Vaccination in Bombay 1889-1901 - 1889-1901
Year: 1889
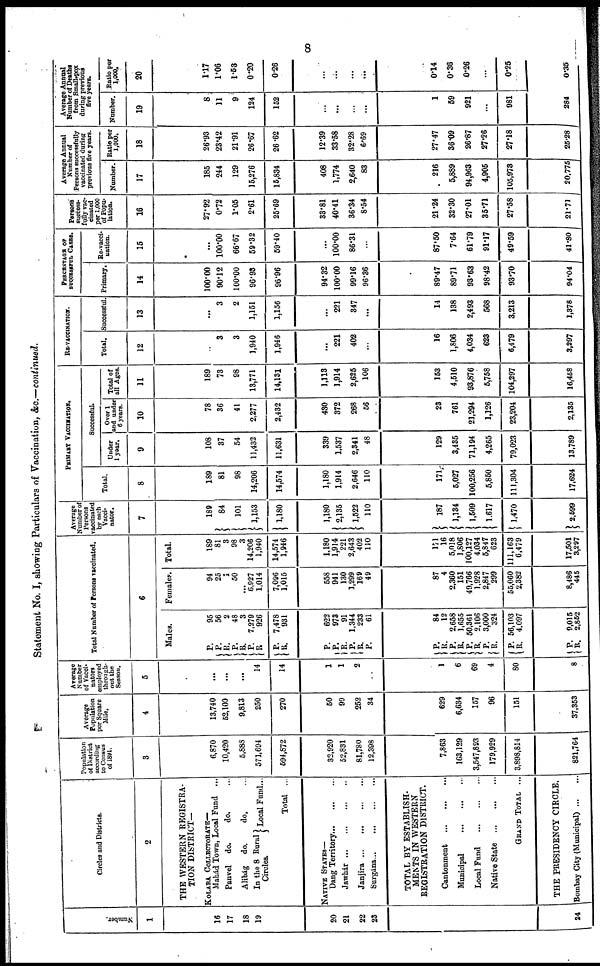
8
Statement No. I, showing Particulars of Vaccination, &c.—continued.
Number.
1
16
17
18
19
20
21
22
23
24
Circles and Districts.
2
THE WESTERN REGISTRA-
TION DISTRICT—
KOLABA COLLECTORATE—
Mahád Town, Local Fund ...
Panvel
do.
do.
Alibág
do.
do,
In the 8 Rural
Circles.
Local Fund...
Total ...
NATIVE STATES—
Dang Territory... ... ...
Jawhár
...
...
...
...
Janjira ... ... ... ...
Surgána...
...
...
...
TOTAL BY ESTABLISH-
MENTS IN WESTERN
REGISTRATION DISTRICT.
Cantonment
...
...
...
Municipal
...
...
...
Local Fund
...
...
...
Native State
...
...
...
GRAND TOTAL ...
THE PRESIDENCY CIRCLE.
Bombay City (Municipal) ... ...
Population
of District
according
to Census
of 1891.
3
6,870
10,420
5,888
571,694
594,872
32,920
52,831
81,780
12,398
7,863
163,129
3,547,893
179,929
3,898,814
821,764
Average
Population
per Square
Mile.
4
13,740
52,100
9,813
250
270
50
99
252
34
629
6,634
157
96
151
37,353
Average
Number
of Vacci¬
nators
employed
through-
out the
Season.
5
...
...
...
14
14
1
1
2
..
1
6
69
4
80
8
Total Number of Persons vaccinated.
6
Males.
P.
P.
R.
P.
R.
P.
R.
P.
R.
P.
P.
R.
P.
R.
P.
95
56
2
48
3
7,279
926
7,478
931
622
973
91
1,344
233
61
P.
R.
P.
R.
P. R.
R. R.
P.
R.
P.
R.
84
12
2,658
1,655
50,361
2,106
3,000
324
56,103
4,097
9,015
2,852
Females.
94
25
1
50
...
6,927
1,014
7,096
1,015
558
941
130
1,299
169
49
87
4
2,360
151
49,766
1,928
2,847
299
55,060
2,382
8,486
445
Total.
189
81
3
98
3
14,206
1,940
14,574
1,946
1,180
1,914
221
2,643
402
110
171
16
5,018
1,806
100,127
4,034
5,847
623
111,163
6,479
17,501
3,297
Average
Number of
Persons
vaccinated
by each
Vacci¬
nator.
7
189
84
101
1,153
1,180
1,180
2,135
1,522
110
187
1,134
1,509
1,617
1,470
2,599
PRIMARY VACCINATION.
Total.
8
189
81
98
14,206
14,574
1,180
1,914
2,646
110
171
5,027
100,256
5,850
111,304
17,624
Successful.
Under
1 year.
9
108
37
54
11,432
11,631
339
1,537
2,341
48
129
3,435
71,194
4,265
79,023
13,789
Over 1
and under
6 years.
10
78
36
41
2,277
2,432
430
372
268
56
23
761
21,294
1,126
23,204
2,135
Total of
all Ages.
11
189
73
98
13,771
14,131
1,113
1,914
2,625
106
153
4,510
93,876
5,758
104,297
16,458
RE-VACCINATION.
Total.
12
...
3
3
1,940
1,946
...
221
402
...
16
1,806
4,034
623
6,479
3,297
Successful.
13
...
3
2
1,151
1,156
...
221
347
...
14
138
2,493
568
3,213
1,378
PERCENTAGE OF
SUCCESSFUL CASES.
Primary.
14
100.00
90.12
100.00
96.93
96.96
94.32
100.00
99.16
96.36
89.47
89.71
93.63
98.42
93.70
94.04
Re-vacci¬
nation.
15
...
100.00
66.67
59.32
59.40
...
100.00
86.31
...
87.50
7.64
61.79
91.17
49.59
41.80
Persons
success-
fully vac-
cinated
per 1,000
of Popu-
lation.
16
27.92
0.72
1.05
2.61
25.69
33.81
40.41
36.34
8.54
21.24
32.30
27.01
35.71
27.58
21.71
Average Annual
Number of
persons successfully
vaccinated during
previous five years.
Number.
17
185
244
129
15,276
15,834
408
1,774
2,640
83
216
5,889
94,963
4,905
105,978
20,775
Ratio per
1,000.
18
26.93
23.42
21.91
26.67
26.62
12.39
33.58
32.28
6.69
27.47
36.09
26.87
27.26
27.18
25.28
Average Annual
Number of Deaths
from Small-pox
during previous
five years.
Number.
19
8
11
9
124
152
...
...
...
...
1
59
921
...
981
284
Ratio per
1,000
20
1.17
1.06
1.53
0.20
0.26
...
...
...
...
0.14
0.36
0.26
...
0.25
0.35